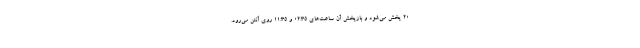
20 پخش می‌شود و بازپخش آن ساعت‌های 02:35 و 11:35 روی آنتن می‌رود.